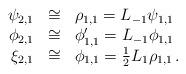
LaTeX: \begin{align*}\begin{array}{rcl}\psi_{2,1} &\cong& \rho_{1,1} = L_{-1} \psi_{1,1} \\\phi_{2,1} &\cong& \phi'_{1,1} = L_{-1} \phi_{1,1} \\\xi_{2,1} &\cong& \phi_{1,1} = \frac{1}{2} L_{1} \rho_{1,1}\,.\end{array}\end{align*}